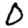
Digit: 0